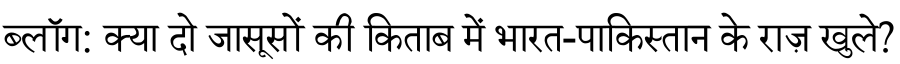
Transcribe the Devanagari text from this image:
ब्लॉग: क्या दो जासूसों की किताब में भारत-पाकिस्तान के राज़ खुले?